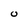
Character: 0